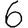
Digit: 6